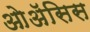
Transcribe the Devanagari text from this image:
ओॲसिस